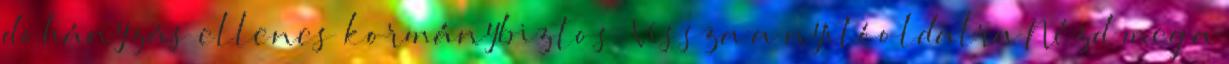
dohányzás ellenes kormánybiztos. Vissza a nyitóoldalra Nézd meg a